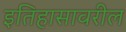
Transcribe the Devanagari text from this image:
इतिहासावरील